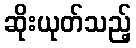
ဆိုးယုတ်သည့်